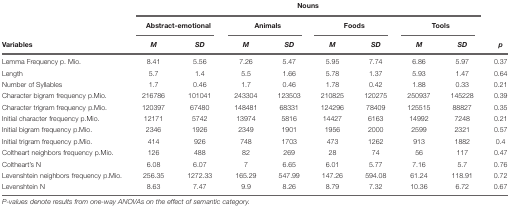
<table><thead><tr><td></td><td colspan="6"><b>Nouns</b></td><td></td></tr><tr><td></td><td colspan="2"><b>Abstract-emotional</b></td><td colspan="2"><b>Animals</b></td><td colspan="2"><b>Foods</b></td><td colspan="2"><b>Tools</b></td><td></td></tr><tr><td><b>Variables</b></td><td><b><i>M</i></b></td><td><b><i>SD</i></b></td><td><b><i>M</i></b></td><td><b><i>SD</i></b></td><td><b><i>M</i></b></td><td><b><i>SD</i></b></td><td><b><i>M</i></b></td><td><b><i>SD</i></b></td><td><b><i>p</i></b></td></tr></thead><tbody><tr><td>Lemma Frequency p. Mio.</td><td>8.41</td><td>5.56</td><td>7.26</td><td>5.47</td><td>5.95</td><td>7.74</td><td>6.86</td><td>5.97</td><td>0.37</td></tr><tr><td>Length</td><td>5.7</td><td>1.4</td><td>5.5</td><td>1.66</td><td>5.78</td><td>1.37</td><td>5.93</td><td>1.47</td><td>0.64</td></tr><tr><td>Number of Syllables</td><td>1.7</td><td>0.46</td><td>1.7</td><td>0.46</td><td>1.78</td><td>0.42</td><td>1.88</td><td>0.33</td><td>0.21</td></tr><tr><td>Character bigram frequency p.Mio.</td><td>216786</td><td>101041</td><td>243304</td><td>123503</td><td>210825</td><td>120275</td><td>250937</td><td>145228</td><td>0.39</td></tr><tr><td>Character trigram frequency p.Mio.</td><td>120397</td><td>67480</td><td>148481</td><td>68331</td><td>124296</td><td>78409</td><td>125515</td><td>88827</td><td>0.35</td></tr><tr><td>Initial character frequency p.Mio.</td><td>12171</td><td>5742</td><td>13974</td><td>5816</td><td>14427</td><td>6163</td><td>14992</td><td>7248</td><td>0.21</td></tr><tr><td>Initial bigram frequency p.Mio.</td><td>2346</td><td>1926</td><td>2349</td><td>1901</td><td>1956</td><td>2000</td><td>2599</td><td>2321</td><td>0.57</td></tr><tr><td>Initial trigram frequency p.Mio.</td><td>414</td><td>926</td><td>748</td><td>1703</td><td>473</td><td>1262</td><td>913</td><td>1882</td><td>0.4</td></tr><tr><td>Coltheart neighbors frequency p.Mio.</td><td>126</td><td>488</td><td>82</td><td>269</td><td>28</td><td>74</td><td>56</td><td>117</td><td>0.47</td></tr><tr><td>Coltheart’s N</td><td>6.08</td><td>6.07</td><td>7</td><td>6.65</td><td>6.01</td><td>5.77</td><td>7.16</td><td>5.7</td><td>0.76</td></tr><tr><td>Levenshtein neighbors frequency p.Mio.</td><td>256.35</td><td>1272.33</td><td>165.29</td><td>547.99</td><td>147.26</td><td>594.08</td><td>61.24</td><td>118.91</td><td>0.72</td></tr><tr><td>Levenshtein N</td><td>8.63</td><td>7.47</td><td>9.9</td><td>8.26</td><td>8.79</td><td>7.32</td><td>10.36</td><td>6.72</td><td>0.67</td></tr></tbody></table>